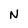
Character: N